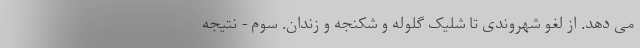
می دهد. از لغو شهروندی تا شلیک گلوله و شکنجه و زندان. سوم - نتیجه